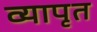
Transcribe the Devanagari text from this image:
व्यापृत